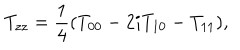
T _ { z z } = \frac { 1 } { 4 } ( T _ { 0 0 } - 2 i T _ { 1 0 } - T _ { 1 1 } ) ,